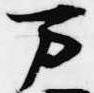
万